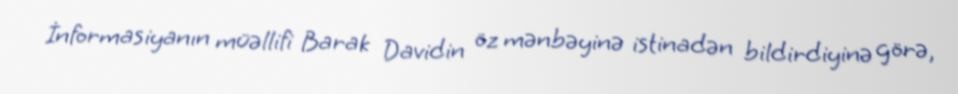
İnformasiyanın müəllifi Barak Davidin öz mənbəyinə istinadən bildirdiyinə görə,